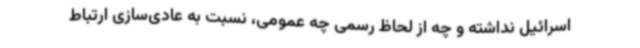
اسرائیل نداشته و چه از لحاظ رسمی چه عمومی، نسبت به عادی‌سازی ارتباط